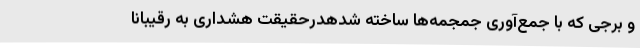
و برجی که با جمع‌آوری جمجمه‌ها ساخته شدهدرحقیقت هشداری به رقیبانا